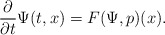
\begin{align*}\frac{\partial}{\partial t} \Psi(t,x) = F(\Psi, p)(x).\end{align*}